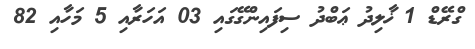
ގްރޭޑް 1 ޚާލިދު ޢަބްދު ސިފައިންގޭގައި 03 އަހަރާއި 5 މަހާއި 82